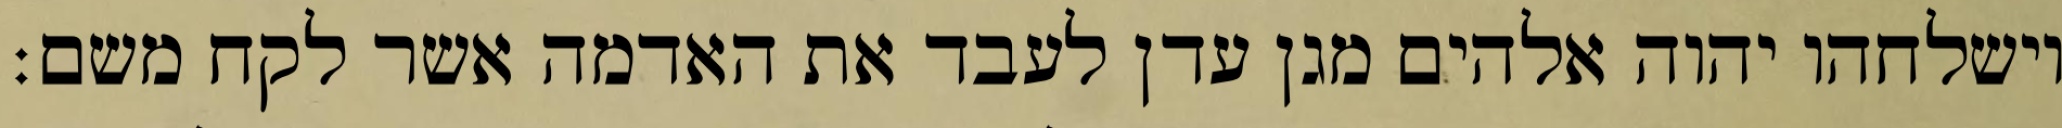
וישלחהו יהוה אלהים מגן עדן לעבד את האדמה אשר לקח משם׃